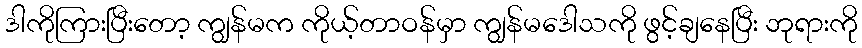
ဒါကိုကြားပြီးတော့ ကျွန်မက ကိုယ့်တာဝန်မှာ ကျွန်မဒေါသကို ဖွင့်ချနေပြီး ဘုရားကို